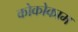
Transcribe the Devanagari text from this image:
कोकोकाम